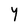
Character: Y